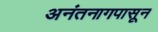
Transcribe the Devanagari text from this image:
अनंतनागपासून